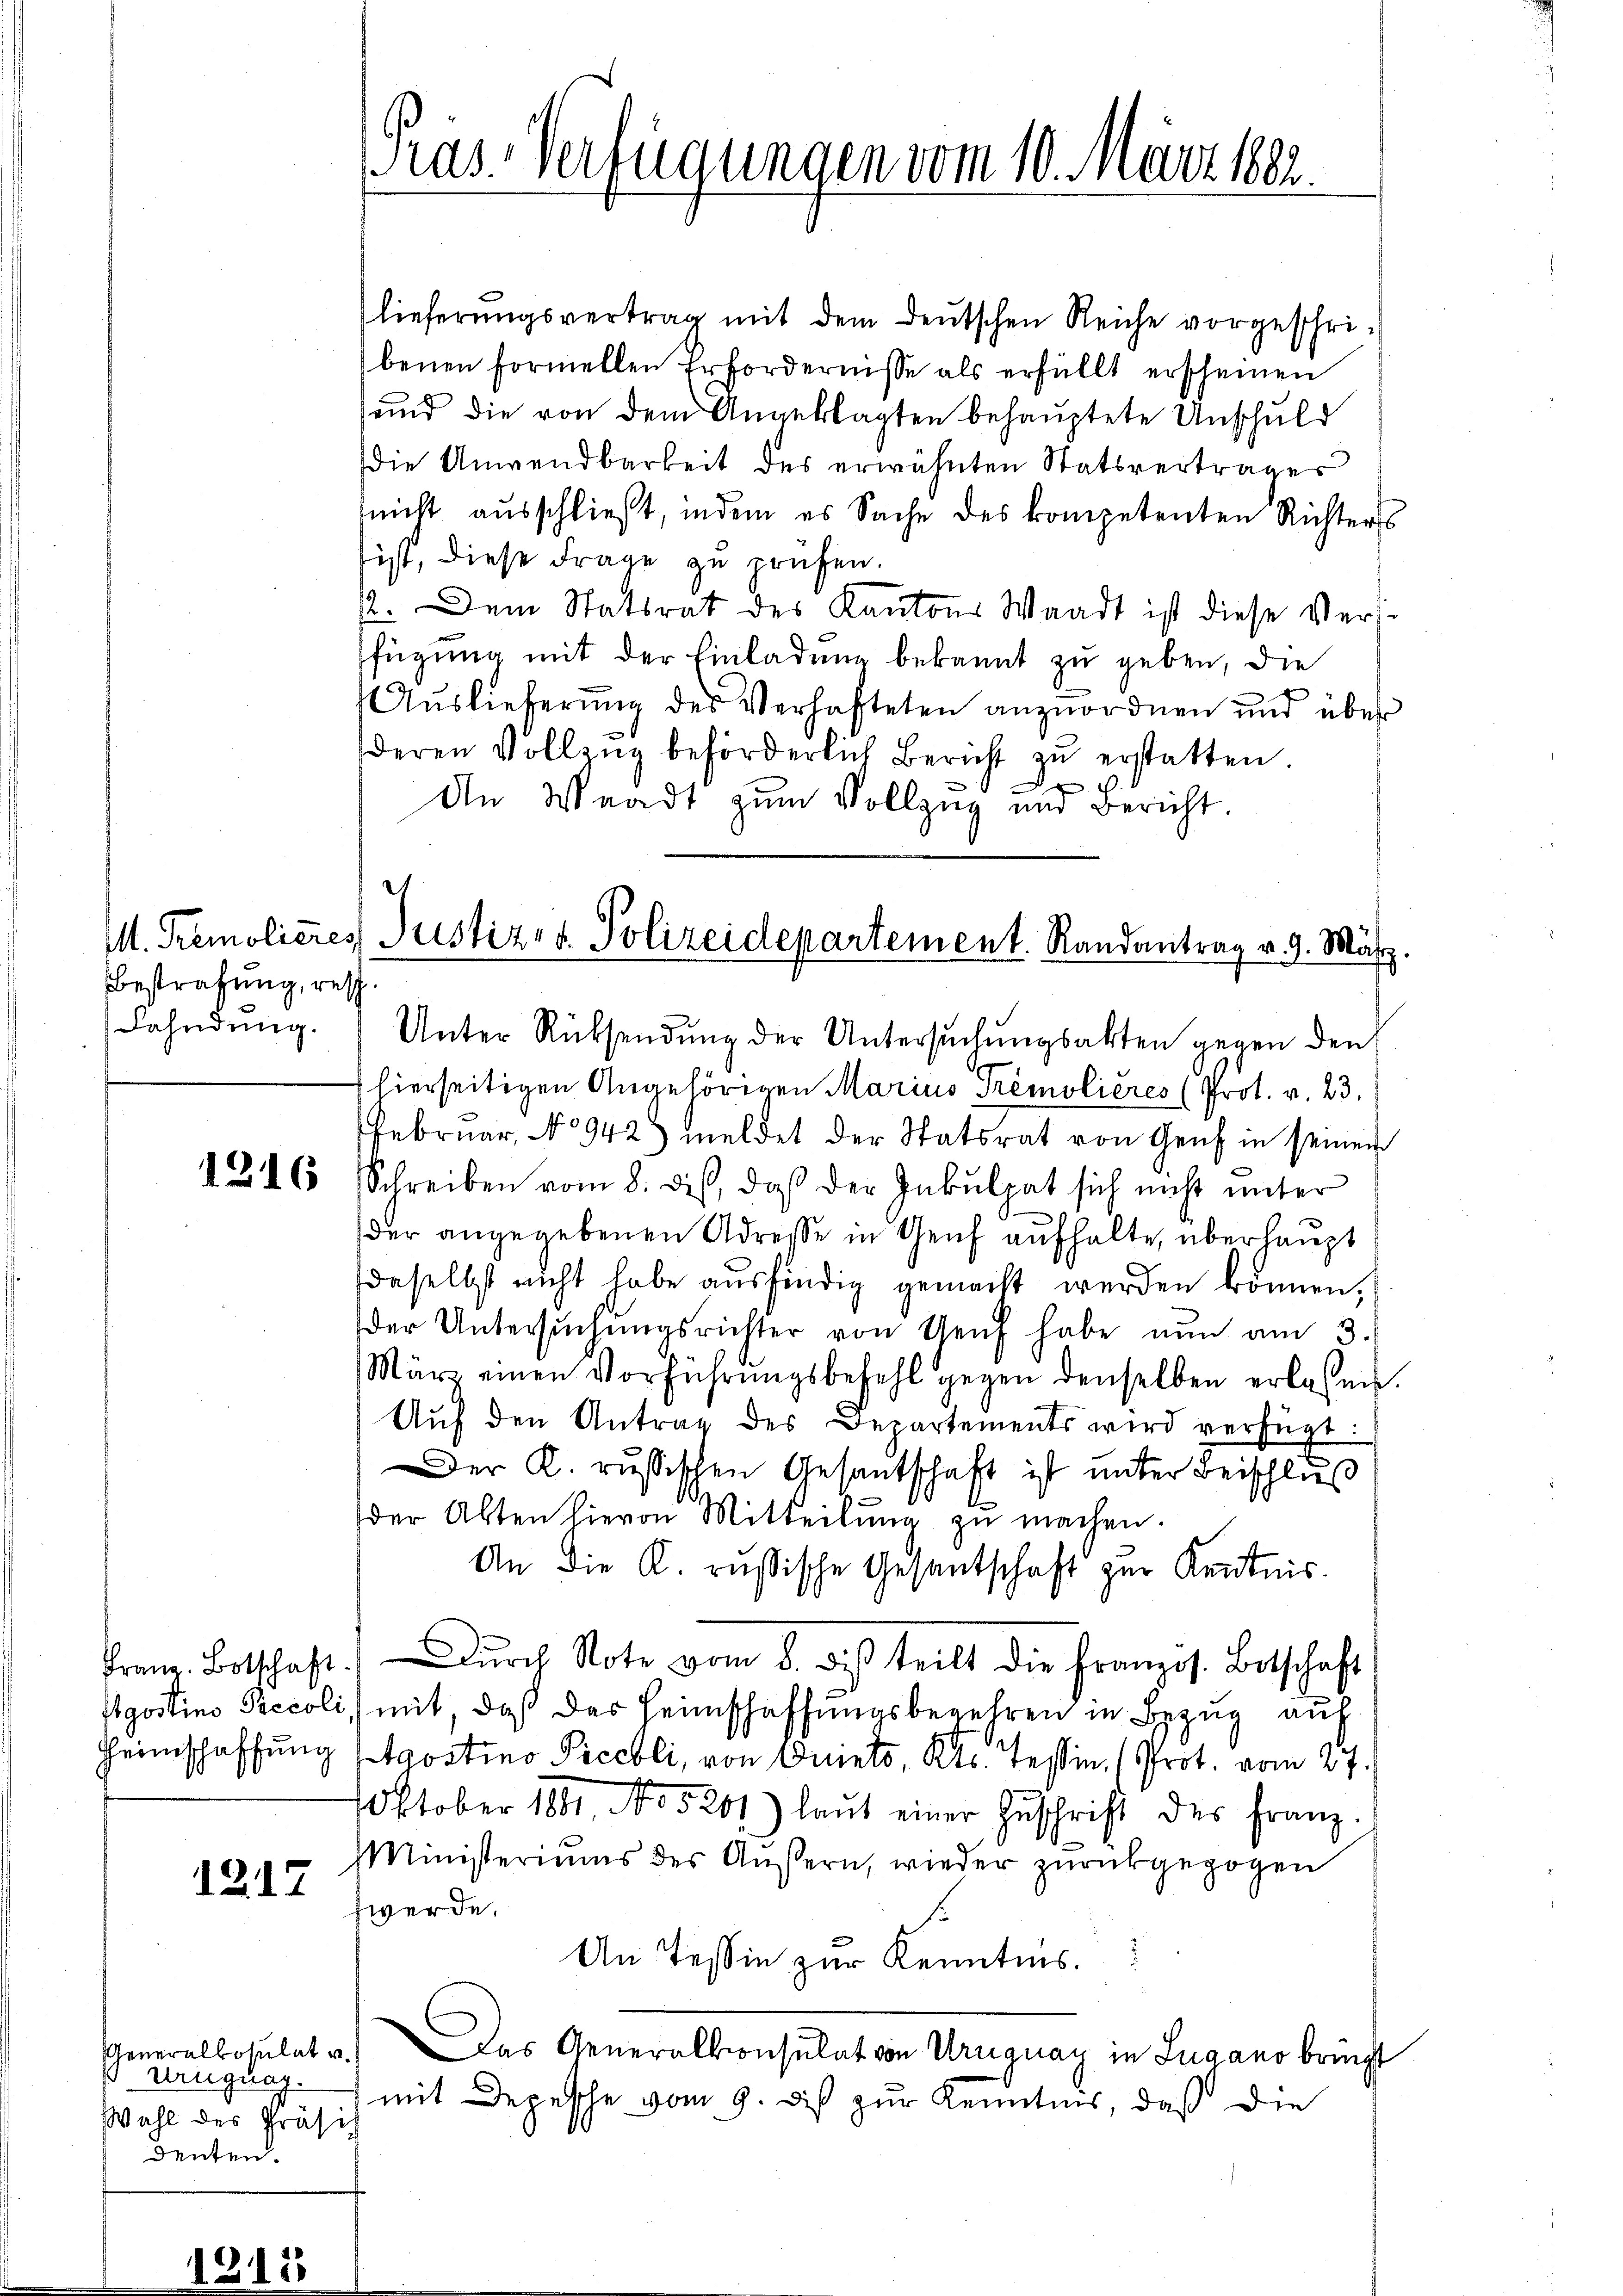
M. Tremolieres,
Bestrafung, resch
Fahndung.

1216

Heimschaffung

1217

Generalkosulat v.
Uruguag.
Wahl des Präsi
denten.

lieferungsvertrag mit dem deutschen Reiche vorgeschribenen formellen Erfordernisse als erfüllt erscheinen
und die von dem Angeklagten behauptete Unschuld
die Anwendbarkeit des erwähnten Statsvertrages
(nicht ausschließt, indem es Sache des kompetenten Richters
ist, diese Frage zu prüfen.
. Dem Statsrat des Kantons Waadt ist diese Verfügung mit der Einladung bekannt zu geben, die
Auslieferung des Verhafteten anzuordnen und über
deren Vollzug beförderlich Bericht zu erstatten
e
d
e
In Waadt zum Vollzug und Bericht.

Gras-Verfügungen vom 10. März 1882.

Justiz- & Polizeidepartement. Randantrag v. 9. März

Unter Rücksendung der Untersuchungsakten gegen den
 hierseitigen Angehörigen Marius Tremolières (Prot. v. 23.
Februar, No 942) meldet der Statsrat von Genf in seiner
Schreiben vom 8. dis, daß der Inkulpat sich nicht unter
der angegebenen Adresse in Genf aufhalte, überhaupt
daselbst nicht habe ausfindig gemacht werden können,
der Untersŭchŭngsrichter von Genf habe nŭn am 3.
März einen Vorführŭngsbefehl gegen denselben erlassen.
Aŭf den Antrag des Departements wird verfügt:
Der K. russischen Gesantschaft ist unter Beischluß
der Abten hievon Mitteilŭng zŭ machen.
An die K. russische Gesantschaft zur Kentnis.
Franz Botschaft dŭrch Note vom 8. dies teilt die französ. Botschaft
gostino Peccoli mit, daß des Heimschaffungsbegehren in Bezug auf
Agostino Precbli, von Duiets, Kts. Teßin (Prot. vom 27.
Oktober 1881 No 5201) laŭt einer Zŭschrift des Franz.
MMinisteriums des Aŭssern, wieder zŭrückgezogen
werde.
An Tessin zur Kenntnis.
Das Generalkonsulat von Uruguay in Lugano bringt
mit Depesche vom 9. des zur Kenntnis, daß die